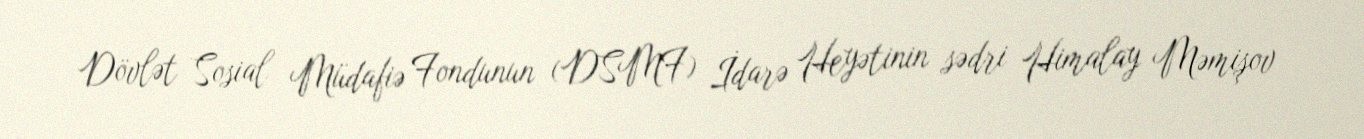
Dövlət Sosial Müdafiə Fondunun (DSMF) İdarə Heyətinin sədri Himalay Məmişov